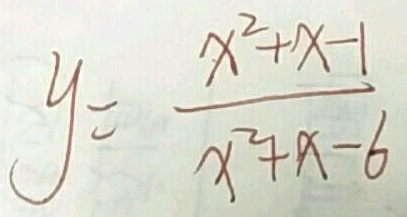
y = \frac { x ^ { 2 } + x - 1 } { x ^ { 2 } + x - 6 }